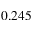
0 . 2 4 5